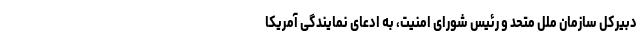
دبیرکل سازمان ملل متحد و رئیس شورای امنیت، به ادعای نمایندگی آمریکا